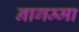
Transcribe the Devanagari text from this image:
नागम्मा